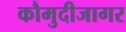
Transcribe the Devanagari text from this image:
कौमुदीजागर